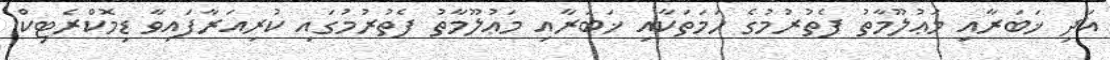
އަދި ޚަބަރާއި މަޢުލޫމާތު ފެތުރުމުގެ ހަމަތަކާއި ޚަބަރާއި މަޢުލޫމާތު ފެތުރުމުގައި ކުރިއަރާފައިވާ ޑިމޮކްރެޓިކް